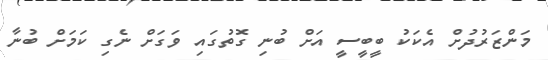
މަންޒަރުދުށް އެކަކު ބީބީސީ އަށް ބުނި ގޮތުގައި ވަގަށް ނެގި ކަމަށް ބުނާ